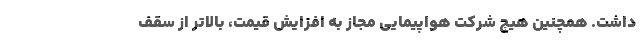
داشت. همچنین هیچ شرکت هواپیمایی مجاز به افزایش قیمت، بالاتر از سقف